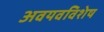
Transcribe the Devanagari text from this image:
अवयवविशेष